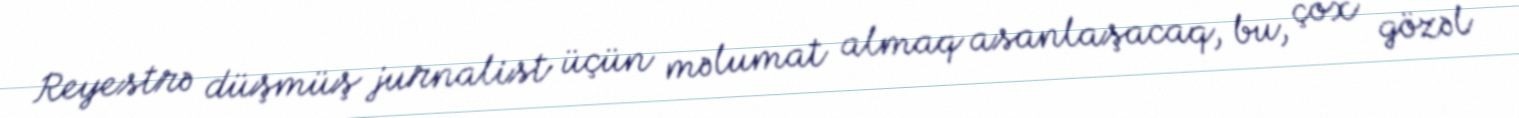
Reyestrə düşmüş jurnalist üçün məlumat almaq asanlaşacaq, bu, çox gözəl